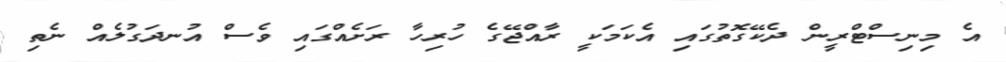
އެ މިނިސްޓްރީން ދެކޭގޮތުގައި އެކަމަކީ ރާއްޖޭގެ ހުރިހާ ރަށެއްގައި ވެސް އުނދަގުލެއް ނެތި